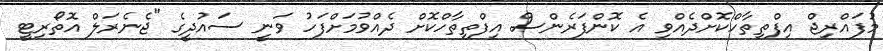
މުފައްރިޖް އިފްތިތާހްކޮށްދެއްވި އެ ކޮންފަރެންސް އިފްތިތާހްކޮށް ދެއްވުމަށްފަހު ވަނީ ސައުދީގެ "ޖެނެރަލް އޮތޯރިޓީ